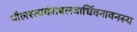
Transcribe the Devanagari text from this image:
पौलस्त्यवंशबलवार्धिवनावनस्य